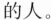
的人。